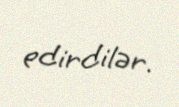
edirdilər.